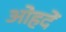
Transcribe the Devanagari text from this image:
ओहदें